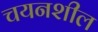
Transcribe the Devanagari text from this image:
चयनशील